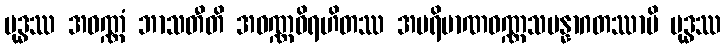
ဗုဒ္ဓဿ အဝဏ္ဏံ ဘာသတီတိ အဝဏ္ဏဝိရဟိတဿ အပရိမာဏဝဏ္ဏသမန္နာဂတဿာပိ ဗုဒ္ဓဿ